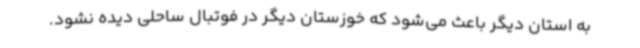
به استان دیگر باعث می‌شود که خوزستان دیگر در فوتبال ساحلی دیده نشود.